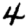
Digit: 4